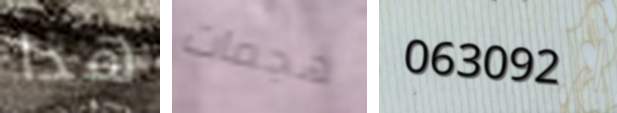
هذا هجمات 063092